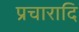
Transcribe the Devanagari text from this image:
प्रचारादि